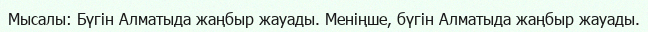
Мысалы: Бүгін Алматыда жаңбыр жауады. Меніңше, бүгін Алматыда жаңбыр жауады.